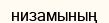
низамының